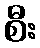
စီး